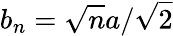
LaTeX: b_{n}=\sqrt{n}a/\sqrt{2}